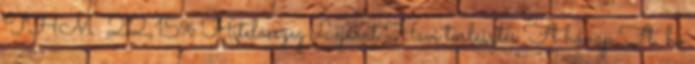
THM: 22,15% Hitelösszeg Lejárat Havi törlesztés Ft hónap Ft hó